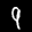
Label: 9